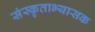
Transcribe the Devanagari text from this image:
संस्कृताभ्यासक